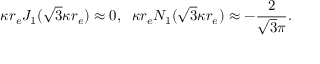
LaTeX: \kappa r _ { e } J _ { 1 } ( \sqrt { 3 } \kappa r _ { e } ) \approx 0 , \; \; \kappa r _ { e } N _ { 1 } ( \sqrt { 3 } \kappa r _ { e } ) \approx - \frac { 2 } { \sqrt { 3 } \pi } .